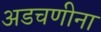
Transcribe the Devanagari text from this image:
अडचणीना